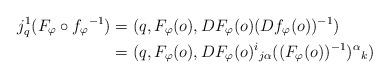
LaTeX: \begin{align*}j^1_q(F_\varphi\circ f_\varphi{}^{-1})&=(q,F_\varphi(o),DF_\varphi(o)(Df_\varphi(o))^{-1})\\*&=(q,F_\varphi(o),DF_\varphi(o)^i{}_{j\alpha}((F_\varphi(o))^{-1})^\alpha{}_k)\end{align*}